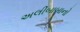
અલીબાબાનો